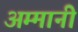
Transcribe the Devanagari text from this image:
अम्मानी